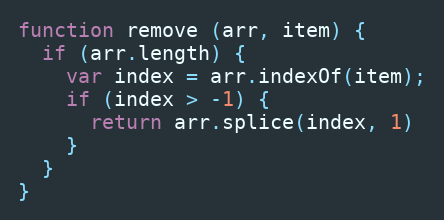
Language: JavaScript
function remove (arr, item) {
  if (arr.length) {
    var index = arr.indexOf(item);
    if (index > -1) {
      return arr.splice(index, 1)
    }
  }
}